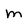
Character: m